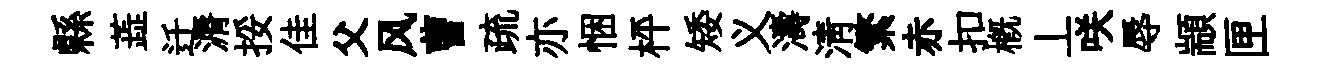
縣蕋迁漘挼佳父风曹疏亦悃枰矮义濤淸繁赤扣概丄咲辱顓匣